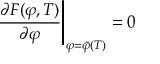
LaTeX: { \frac { \partial { \cal F } ( \varphi , T ) } { \partial \varphi } } \Bigg | _ { \varphi = \bar { \varphi } ( T ) } = 0